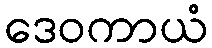
ဒေဝကာယံ